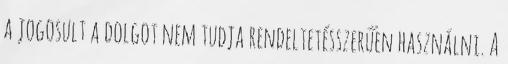
a jogosult a dolgot nem tudja rendeltetésszerűen használni. A